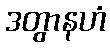
ဒတွာနဟံ